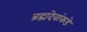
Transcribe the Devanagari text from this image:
ब्रह्मदेवांकडे